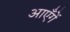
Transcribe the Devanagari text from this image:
आएँगें